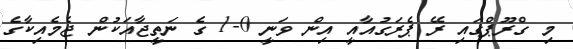
މި ގްރޫޕްގައި ރޭ ޕެރަގުއާއީ އިން ވަނީ 0-1 ގެ ނަތީޖާއަކުން ޖެމެއިކާގެ